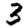
Digit: 3